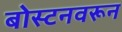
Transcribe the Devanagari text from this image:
बोस्टनवरून